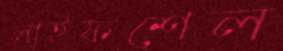
লাইফশেল